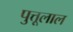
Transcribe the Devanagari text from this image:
पुत्तूलाल